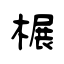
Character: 榐